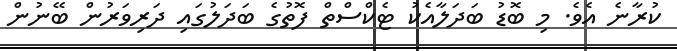
ކުރާނެ އެވެ. މި ބޮޑު ބަދަލާއެކު ޓެކްސްތް ފޮތުގެ ބަދަލުގައި ދަރިވަރުން ބޭނުން